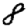
Digit: 8